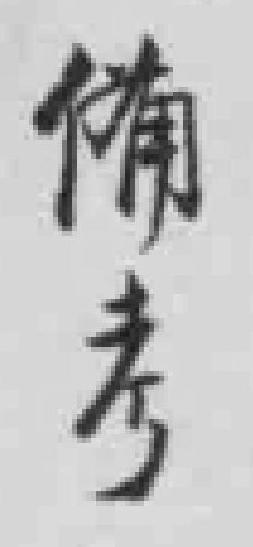
備考